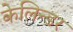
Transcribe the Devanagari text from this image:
केलिन्डर